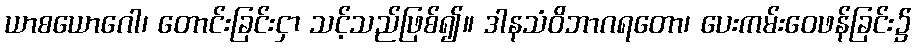
ယာစယောဂေါ၊ တောင်းခြင်းငှာ သင့်သည်ဖြစ်၍။ ဒါနသံဝိဘာဂရတော၊ ပေးကမ်းဝေဖန်ခြင်း၌